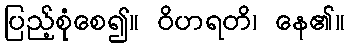
ပြည့်စုံစေ၍။ ဝိဟရတိ၊ နေ၏။